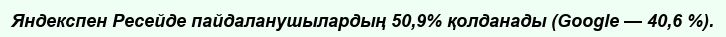
Яндекспен Ресейде пайдаланушылардың 50,9% қолданады (Google — 40,6 %).